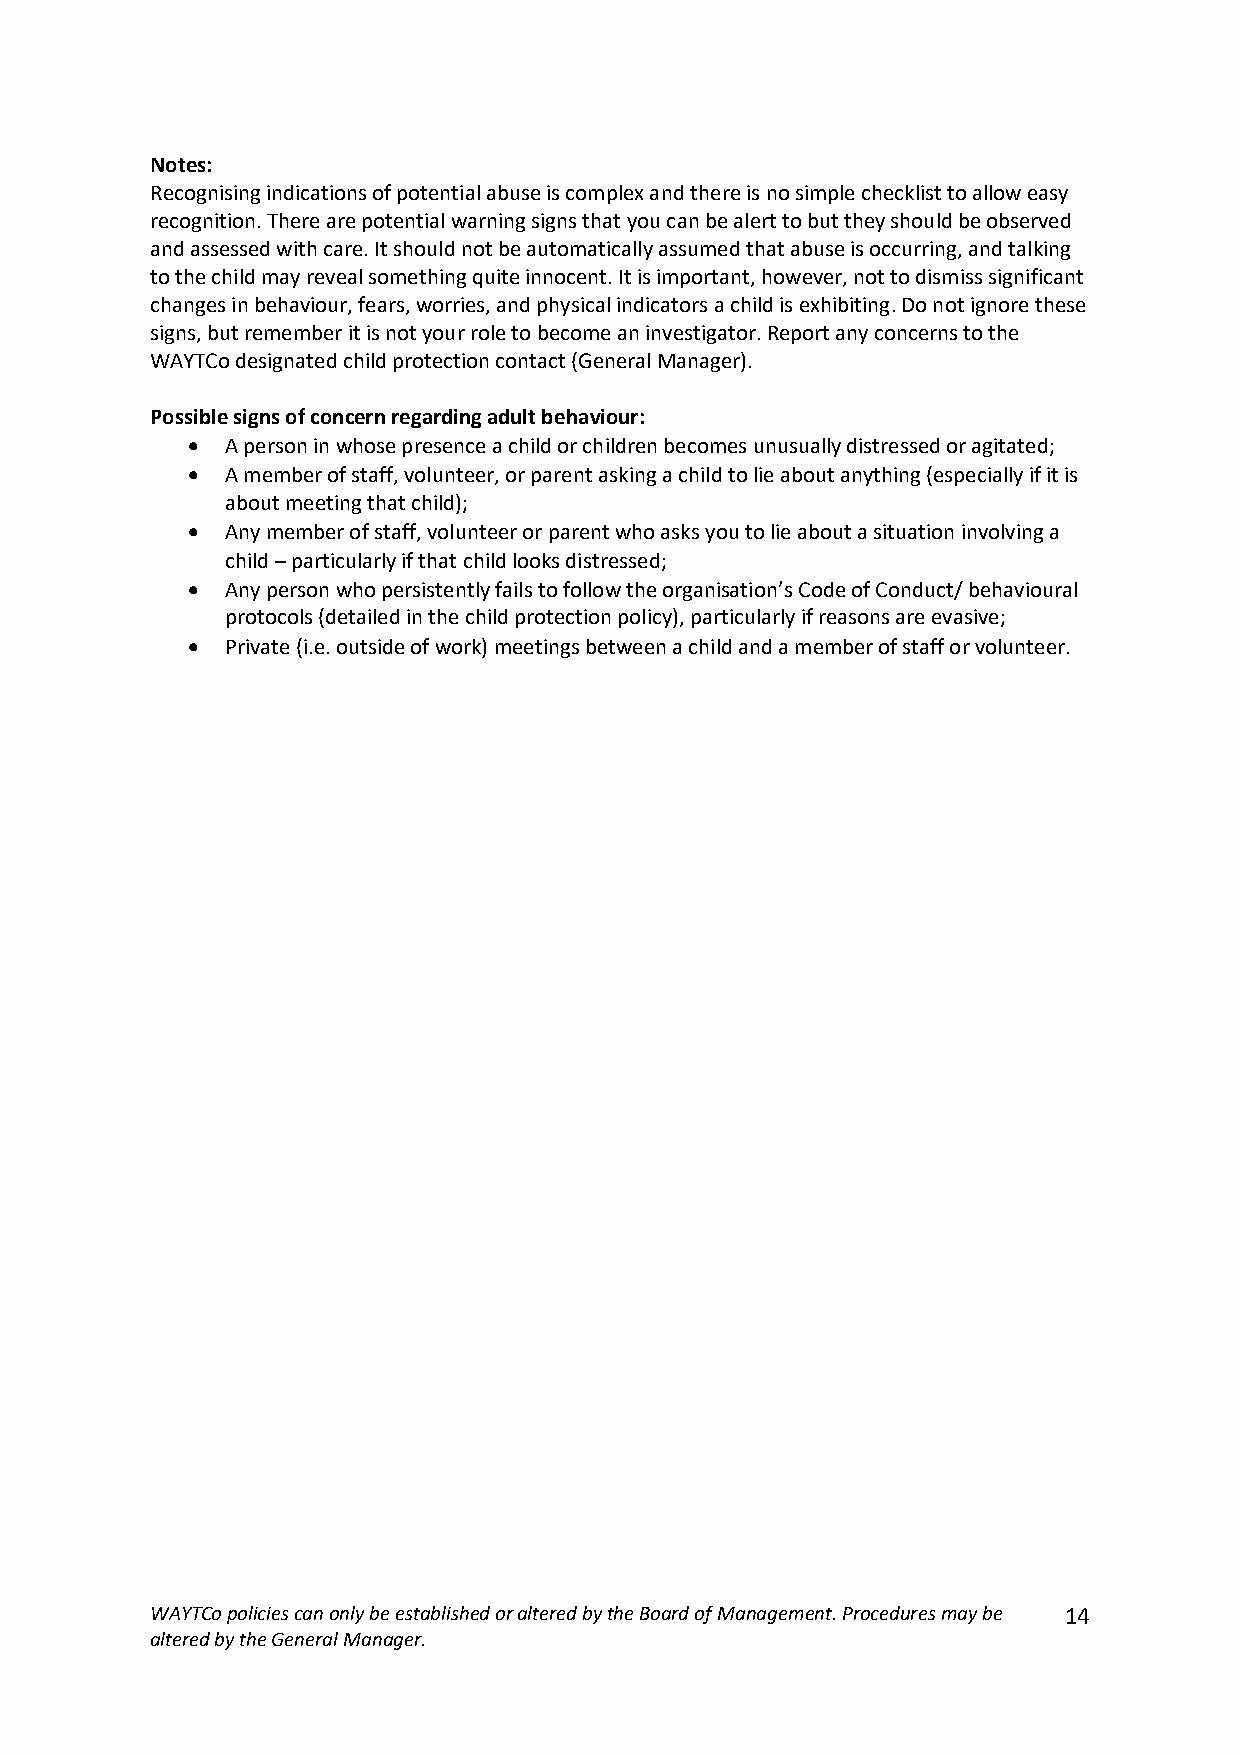
Notes:
 Recognising indications of potential abuse is complex and there is no simple checklist to allow easy
 recognition. There are potential warning signs that you can be alert to but they should be observed
 and assessed with care. It should not be automatically assumed that abuse is occurring, and talking
 to the child may reveal something quite innocent. It is important, however, not to dismiss significant
 changes in behaviour, fears, worries, and physical indicators a child is exhibiting. Do not ignore these
 signs, but remember it is not your role to become an investigator. Report any concerns to the
 WAYTCo designated child protection contact (General Manager).
 Possible signs of concern regarding adult behaviour:
 •  A person in whose presence a child or children becomes unusually distressed or agitated;
 •  A member of staff, volunteer, or parent asking a child to lie about anything (especially if it is
 about meeting that child);
 •  Any member of staff, volunteer or parent who asks you to lie about a situation involving a
 child – particularly if that child looks distressed;
 •  Any person who persistently fails to follow the organisation’s Code of Conduct/ behavioural
 protocols (detailed in the child protection policy), particularly if reasons are evasive;
 •  Private (i.e. outside of work) meetings between a child and a member of staff or volunteer.
 WAYTCo policies can only be established or altered by the Board of Management. Procedures may be 14
 altered by the General Manager.